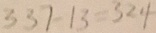
3 3 7 - 1 3 = 3 2 4